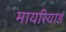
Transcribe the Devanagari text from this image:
मायरियाड